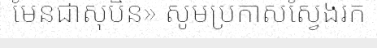
មែនជាសុបិន» សូមប្រកាសស្វែងរក